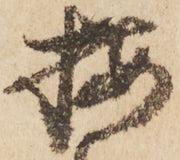
北